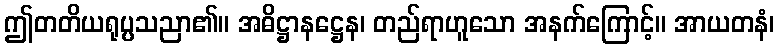
ဤတတိယရုပ္ပသညာ၏။ အဓိဋ္ဌာနဋ္ဌေန၊ တည်ရာဟူသော အနက်ကြောင့်။ အာယတနံ၊